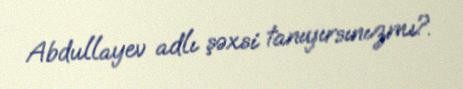
Abdullayev adlı şəxsi tanıyırsınızmı?.